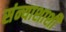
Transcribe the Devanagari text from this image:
संन्याशाशी